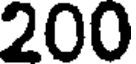
200